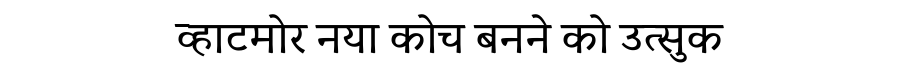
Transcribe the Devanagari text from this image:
व्हाटमोर नया कोच बनने को उत्सुक